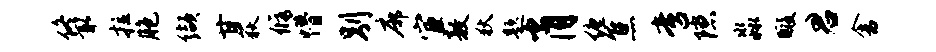
佟取拉胞缬甘荻修懵别廓宦敖狄题肖缠焦啻隙淼暇君舍